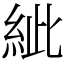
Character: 紪